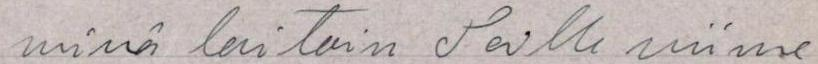
minä laitoin Teille viime